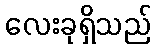
လေးခုရှိသည်